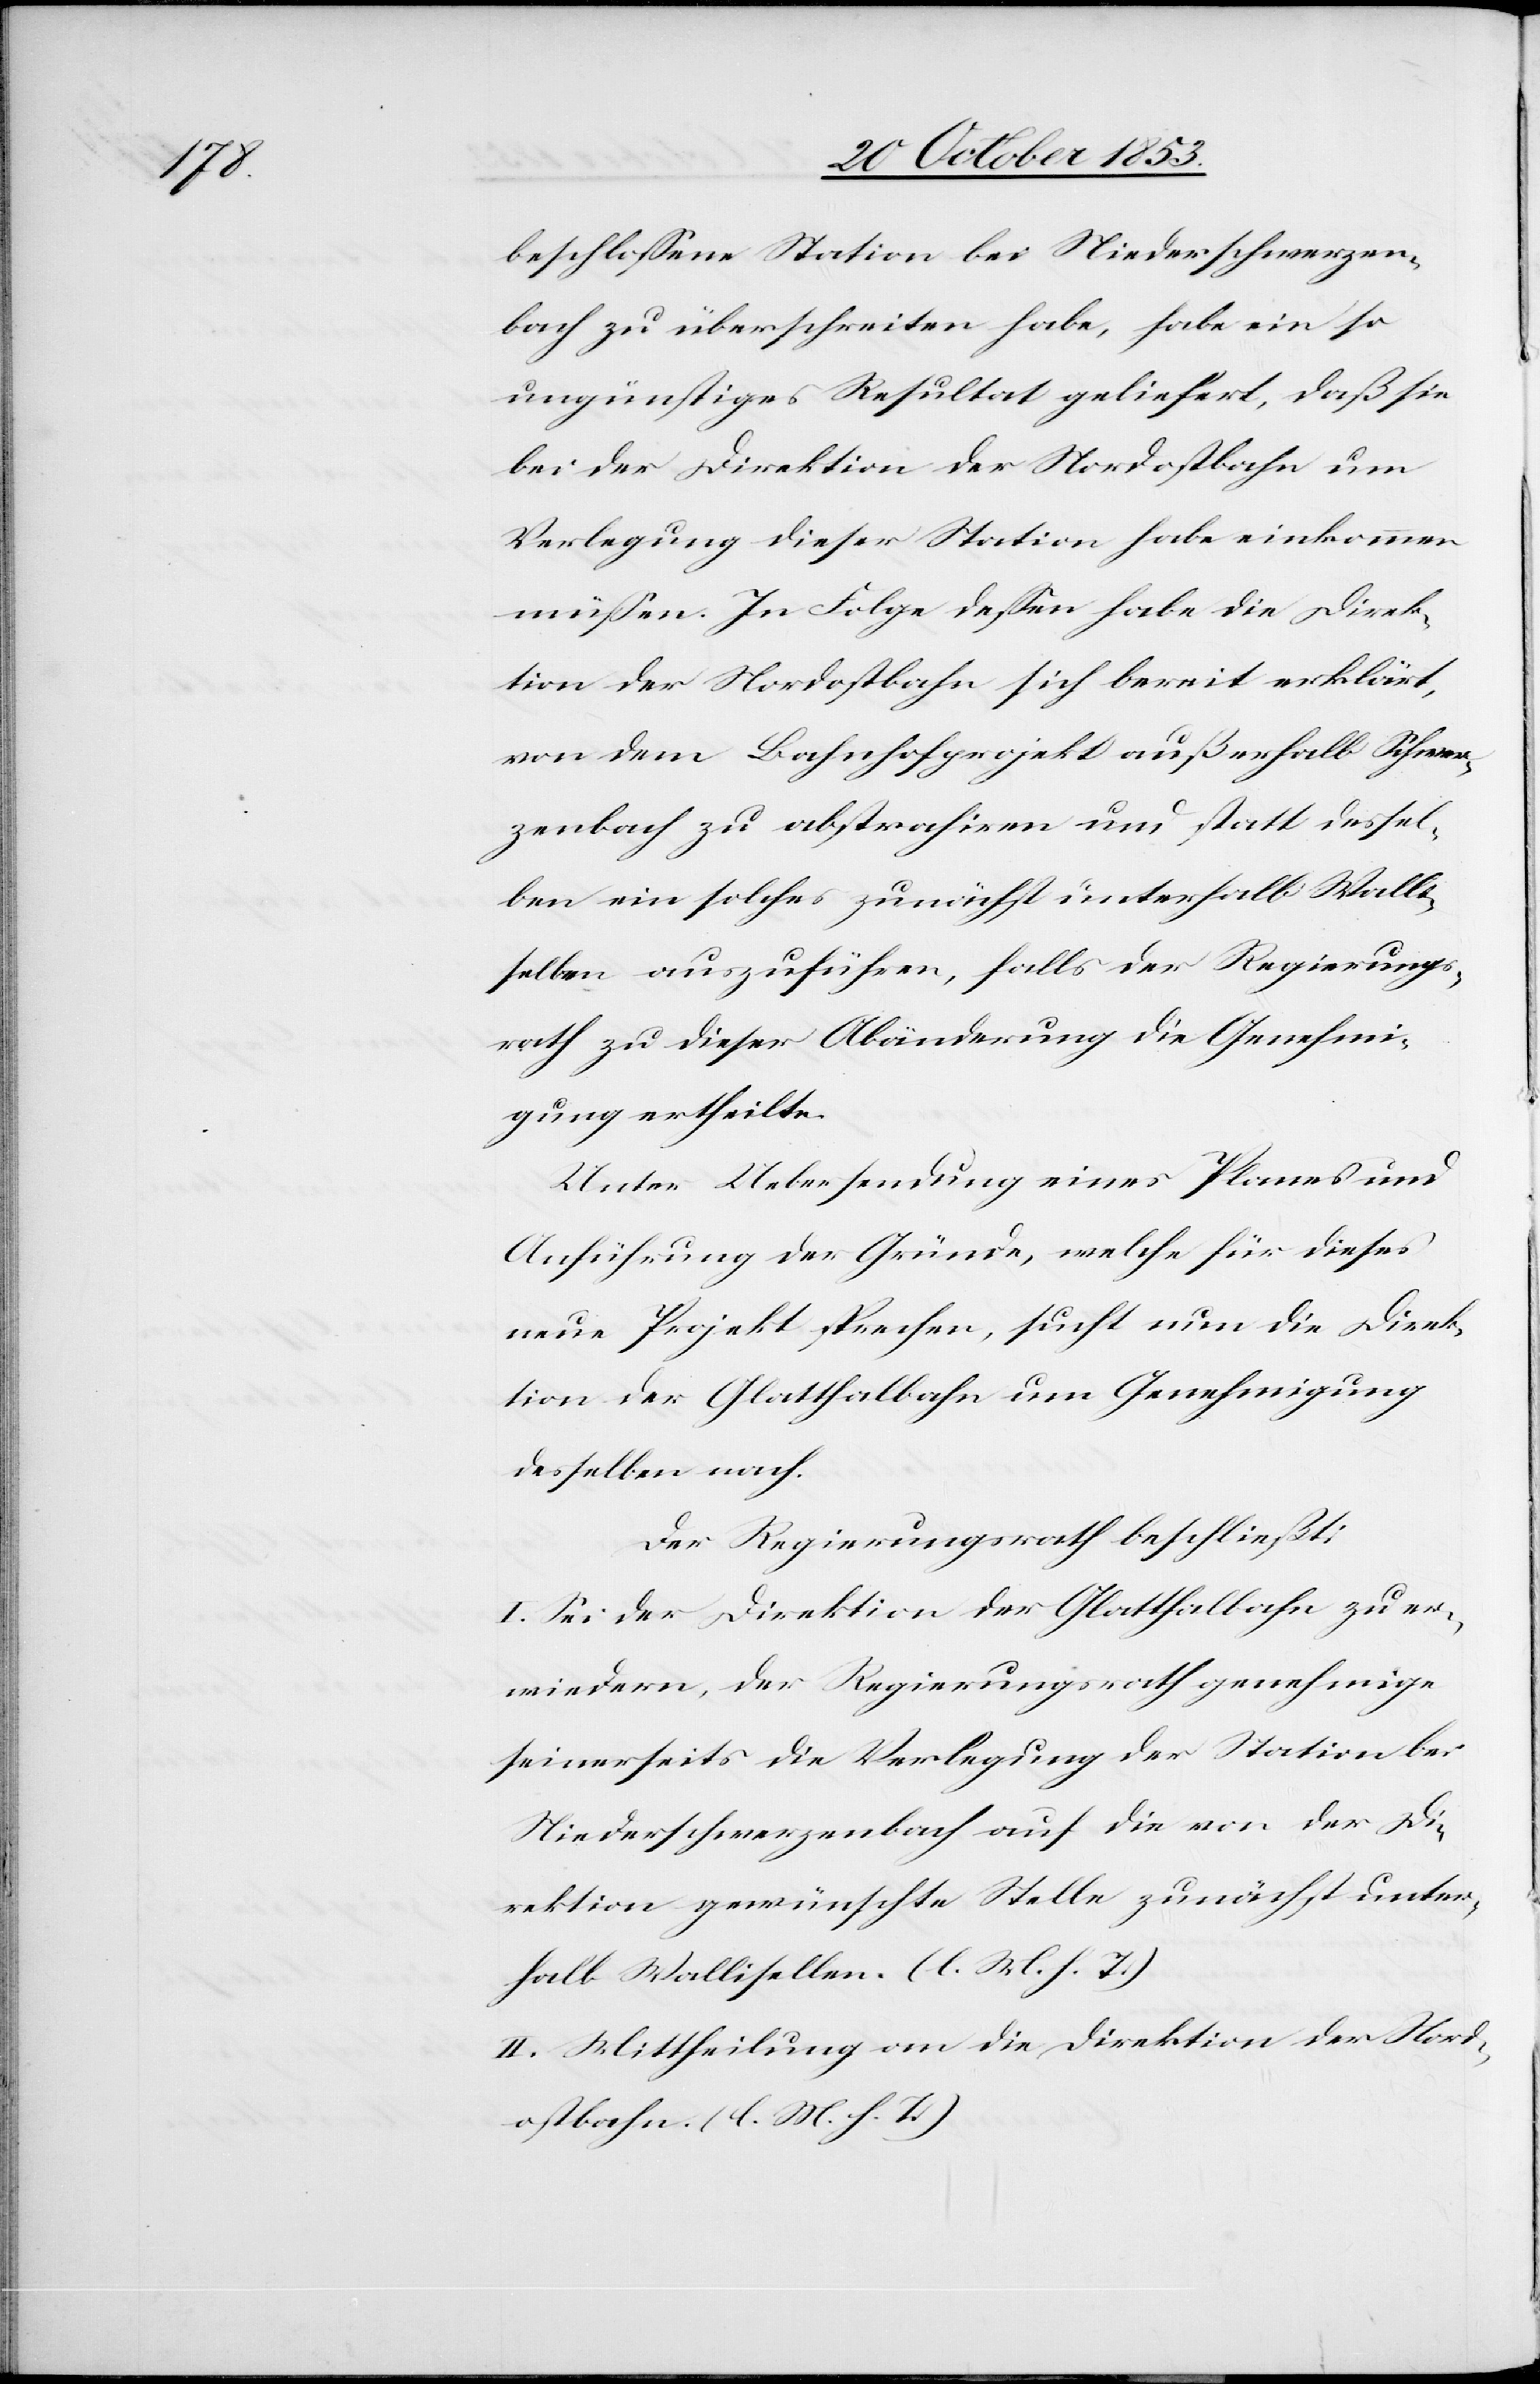
beschloßene Station bei Niederschwerzen¬
bach zu überschreiten habe, habe ein so
ungünstiges Resultat geliefert, daß sie
bei der Direktion der Nordostbahn um
Verlegung dieser Station habe einkommen
müßen. In Folge deßen habe die Direk¬
tion der Nordostbahn sich bereit erklärt,
von dem Bahnhofprojekt außerhalb Schwer¬
zenbach zu abstrahiren und statt dessel¬
ben ein solches zunächst unterhalb Walli¬
sellen auszuführen, falls der Regierungs¬
rath zu dieser Abänderung die Genehmi¬
gung ertheilte.
Unter Uebersendung eines Planes und
Anführung der Gründe, welche für dieses
neue Projekt sprechen, sucht nun die Direk¬
tion der Glatthalbahn um Genehmigung
desselben nach.
Der Regierungsrath beschließt:
I. Sei der Direktion der Glatthalbahn zu er¬
wiedern, der Regierungsrath genehmige
seinerseits die Verlegung der Station bei
Niederschwerzenbach auf die von der Di¬
rektion gewünschte Stelle zunächst unter¬
halb Wallisellen. [l. M. h. T]
II. Mittheilung an die Direktion der Nord¬
ostbahn. [l. M. h. T]